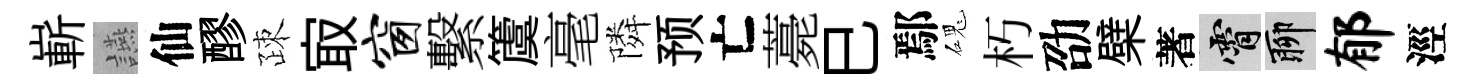
嶄讌仙醪疎㝡窗繫𥵂毫隣预亡薧巳鄢磈朽劭檗著霄聊郁涇